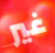
غير